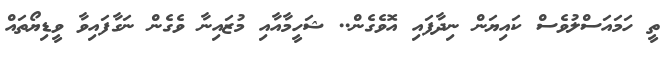
ތީ ހަމައަސްލުވެސް ކައިޔަން ނިދާފައި އޮވެގެން.. ޝަހީމާއާއި މުޒައިނާ ވެގެން ނަގާފައިވާ ވީޑިޔޯތައް